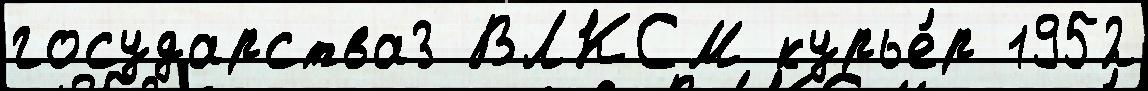
государства3 ВЛКСМ курье́р 1952